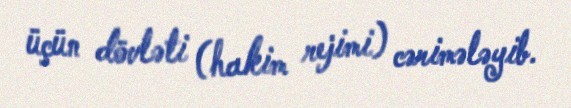
üçün dövləti (hakim rejimi) cərimələyib.